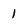
Character: 1